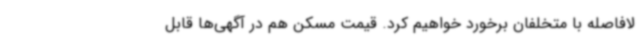
لافاصله با متخلفان برخورد خواهیم کرد. قیمت مسکن هم در آگهی‌ها قابل